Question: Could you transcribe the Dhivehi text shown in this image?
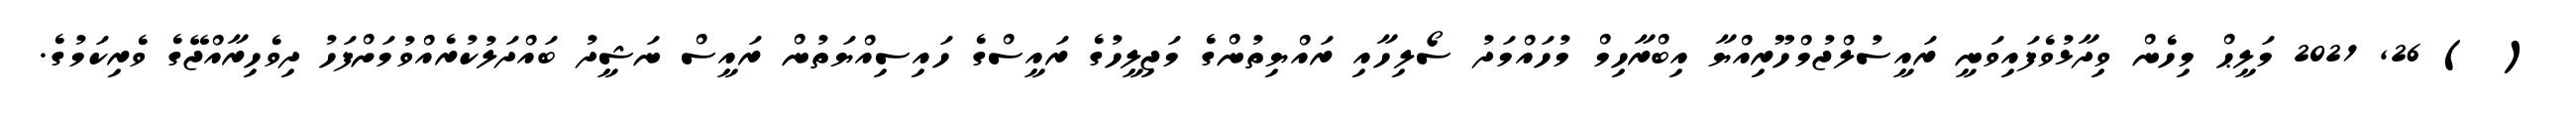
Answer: ( ) 26, 2021 މަލީޙް މިހެން ވިދާޅުވެފައިވަނީ ރައީސުލްޖުމްހޫރިއްޔާ އިބްރާހިމް މުހައްމަދު ސޯލިހާއި ރައްޔިތުންގެ މަޖިލީހުގެ ރައީސްގެ ހައިސިއްޔަތުން ރައީސް ނަޝީދު ބައްދަލުކުރެއްވުމަށްފަހު ދިވެހިރާއްޖޭގެ ވެރިކަމުގެ.